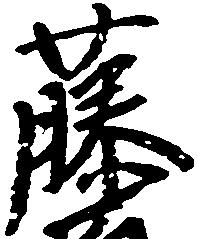
藤